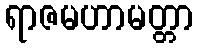
ရာဇမဟာမတ္တာ